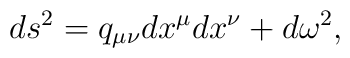
ds^2=q_{\mu\nu}dx^{\mu}dx^{\nu}+d\omega^2 ,